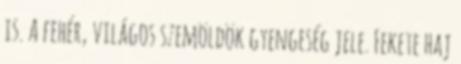
is. A fehér, világos szemöldök gyengeség jele. Fekete haj